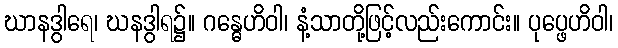
ဃာနဒွါရေ၊ ဃနဒွါရ၌။ ဂန္ဓေဟိဝါ၊ နံ့သာတို့ဖြင့်လည်းကောင်း။ ပုပ္ဖေဟိဝါ၊